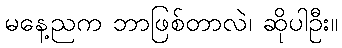
မနေ့ညက ဘာဖြစ်တာလဲ၊ ဆိုပါဦး။